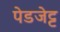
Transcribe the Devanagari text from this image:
पेडजेट्ट